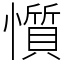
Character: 懫